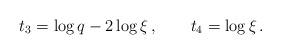
LaTeX: \begin{align*}\ t_3=\log q-2\log \xi\,,\qquad t_4=\log \xi\,.\end{align*}